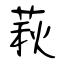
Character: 萩